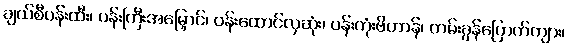
ချယ်စီပန်းထီး၊ ပန်းကြီးအမြှောင်၊ ပန်းထောင်လှဆုံး၊ ပန်းကုံးဗိတာန်၊ တမ်းခွန်ပြောက်ကျား၊